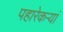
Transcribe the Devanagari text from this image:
पहारेकऱ्यां